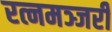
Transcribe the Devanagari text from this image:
रत्नमञ्जरी